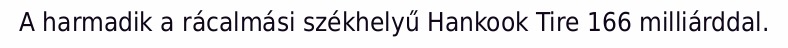
A harmadik a rácalmási székhelyű Hankook Tire 166 milliárddal.